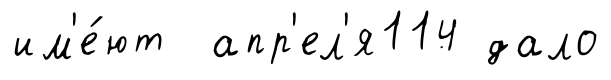
им'е́ют апр'ел'я114 дало